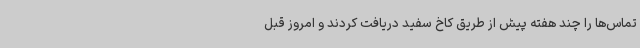
تماس‌ها را چند هفته پیش از طریق کاخ سفید دریافت کردند و امروز قبل